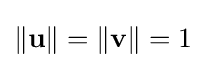
\|\mathbf {u} \|=\|\mathbf {v} \|=1